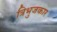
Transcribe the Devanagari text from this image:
त्रिभुजकार